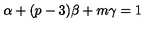
\alpha + ( p - 3 ) \beta + m \gamma = 1